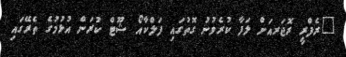
"ރެފްރީ ރޮޖަރއަށް ލަފާ ކުރެވުނު ގޮތުގައި ފަލްކާއޯ ޝޫޓް ކުރަން އުޅުމުގެ ތެރޭގައި